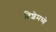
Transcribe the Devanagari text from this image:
दिशेमध्ये